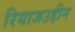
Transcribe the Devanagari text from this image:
रियाजउद्दीन